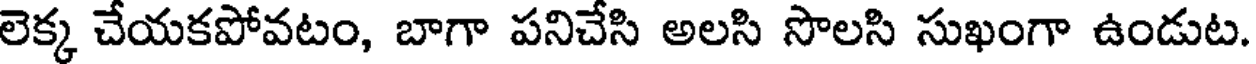
లెక్క చేయకపోవటం, బాగా పనిచేసి అలసి సొలసి సుఖంగా ఉండుట.